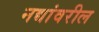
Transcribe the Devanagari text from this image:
नद्यांवरील